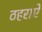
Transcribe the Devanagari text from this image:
ठहराऐ